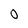
Character: O